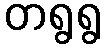
တရွရွ